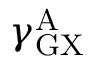
\gamma _ { \mathrm { G X } } ^ { \mathrm { A } }